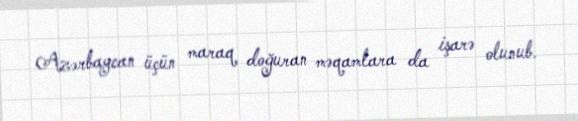
Azərbaycan üçün maraq doğuran məqamlara da işarə olunub.